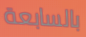
بالسابعة